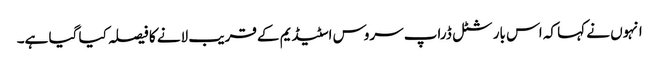
انہوں نے کہا کہ اس بار شٹل ڈراپ سروس اسٹیڈیم کے قریب لانے کا فیصلہ کیا گیا ہے۔